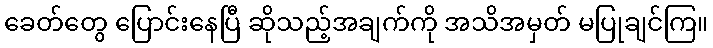
ခေတ်တွေ ပြောင်းနေပြီ ဆိုသည့်အချက်ကို အသိအမှတ် မပြုချင်ကြ။